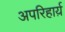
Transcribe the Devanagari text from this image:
अपरिहार्य़